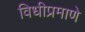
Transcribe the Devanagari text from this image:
विधीप्रमाणे